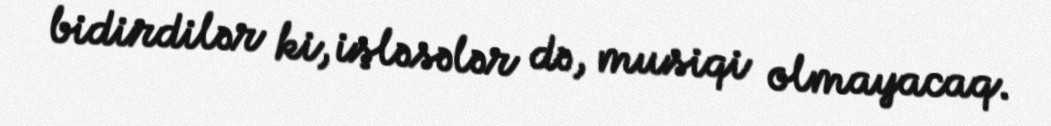
bidirdilər ki, işləsələr də, musiqi olmayacaq.